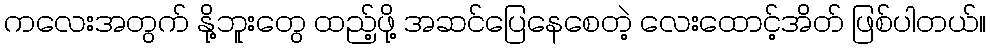
ကလေးအတွက် နို့ဘူးတွေ ထည့်ဖို့ အဆင်ပြေနေစေတဲ့ လေးထောင့်အိတ် ဖြစ်ပါတယ်။